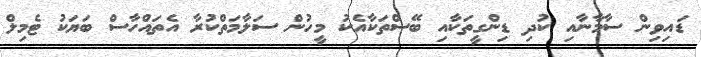
ޑައިވިން ސާމާނާއި ކުދި ޑިންގީތަކާއި ބޭސްތަކާއެކު މީހުން ސަލާމަތްކުރާ އެތައްހާސް ބަޔަކު ޓެމިލް